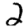
Digit: 2